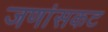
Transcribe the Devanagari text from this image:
जणांसकट